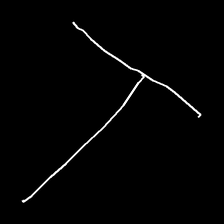
Glyph: column